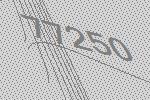
77250